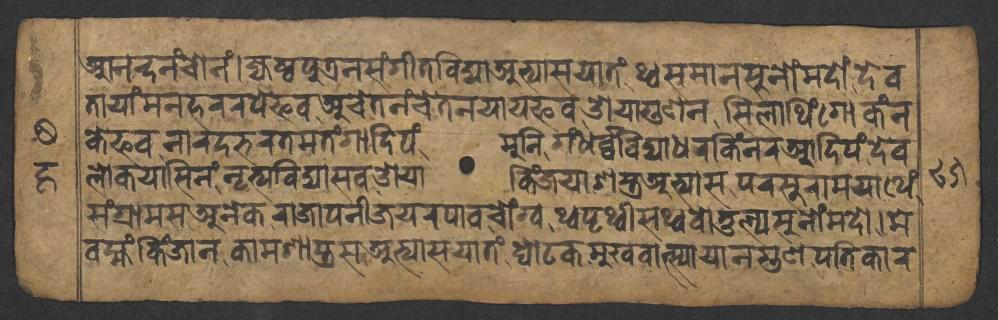
𑐁𑐣𑐣𑑂𑐡𑐣𑑄𑐔𑑀𑐣𑑄𑑋𑐖𑑂𑐫𑐾𑐲𑑂𑐛𑐥𑐸𑐟𑑂𑐬𑐣𑐳𑑄𑐐𑐷𑐟𑐰𑐶𑐡𑑂𑐫𑐵𑐀𑐨𑑂𑐫𑐵𑐳𑐫𑐵𑐟𑑄𑐠𑑂𑐰𑐳𑐩𑐵𑐣𑐳𑐸𑐣𑑀𑑄𑐩𑐡𑑀𑑄𑐡𑐾𑐰 𑐟𑐵𑐫𑐵𑑄𑐩𑐣𑐴𑐬𑐬𑐥𑐾𑐦𑐰𑐀𑐔𑐾𑐟𑐣𑑄𑐔𑐾𑐟𑐣𑐫𑐵𑐫𑐦𑐰𑐌𑐫𑐵𑐐𑐸𑐞𑐣𑐳𑐶𑐮𑐵𑐠𑐶𑑄𑐐𑑀𑐎𑑄𑐣 𑐎𑐾𑐦𑐰𑐣𑐵𑐬𑐡𑐨𑐬𑐟𑐩𑐟𑑄𑐐𑐵𑐡𑐶𑐥𑑄𑐩𑐸𑐣𑐶𑐐𑑄𑐢𑐬𑑂𑐰𑑂𑐰𑐰𑐶𑐡𑑂𑐫𑐵𑐢𑐬𑐎𑐶𑑄𑐣𑐬𑐁𑐡𑐶𑐥𑑄𑐡𑐾𑐰 𑐮𑑀𑐎𑐫𑐵𑐳𑐶𑐣𑑄𑐣𑐺𑐟𑑂𑐫𑐰𑐶𑐡𑑂𑐫𑐵𑐳𑐰𑐌𑐫𑐵𑐎𑐶𑑄𑐖𑐫𑐵𑐱𑐳𑑂𑐟𑑂𑐬𑐀𑐨𑑂𑐫𑐵𑐳𑐥𑐬𑐳𑐸𑐬𑐵𑐩𑐫𑐵𑐠𑐾𑑄 𑐳𑑄𑐐𑑂𑐬𑐵𑐩𑐳𑐀𑐣𑐾𑐎𑐬𑐵𑐖𑐵𑐥𑐣𑐷𑐖𑐫𑐬𑐥𑐵𑐰𑐔𑑀𑑄𑐐𑑂𑐰𑐠𑑂𑐰𑐥𑐺𑐠𑑂𑐰𑐷𑐳𑐠𑑂𑐰𑐰𑑀𑐟𑐸𑐮𑑂𑐫𑐳𑐸𑐣𑑀𑑄𑐩𑐡𑑀𑑋𑐩𑐾 𑐰𑐩𑑂𑐴𑑄𑐎𑐶𑑄𑐖𑐵𑐣𑐎𑐵𑐩𑐱𑐵𑐳𑑂𑐟𑑂𑐬𑐳𑐀𑐨𑑂𑐫𑐵𑐳𑐫𑐵𑐟𑑄𑐑𑑀𑐚𑐎𑐩𑐸𑐏𑐰𑐵𑐟𑑂𑐳𑑂𑐫𑐵𑐫𑐣𑐐𑐸𑐞𑐥𑐟𑐶𑐎𑐵𑐬